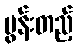
မွန်းတည့်